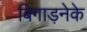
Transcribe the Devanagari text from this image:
बिगाड़नेके